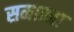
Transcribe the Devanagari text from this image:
समात्मा